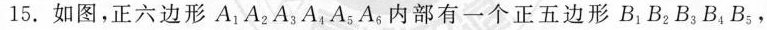
15.如图，正六边形A_{1}A_{2}A_{3}A_{4}A_{5}A_{6}内部有一个正五边形B_{1}B_{2}B_{3}B_{4}B_{5}，